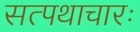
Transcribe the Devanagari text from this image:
सत्पथाचारः